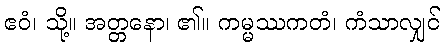
ဧဝံ၊ သို့။ အတ္တနော၊ ၏။ ကမ္မဿကတံ၊ ကံသာလျှင်